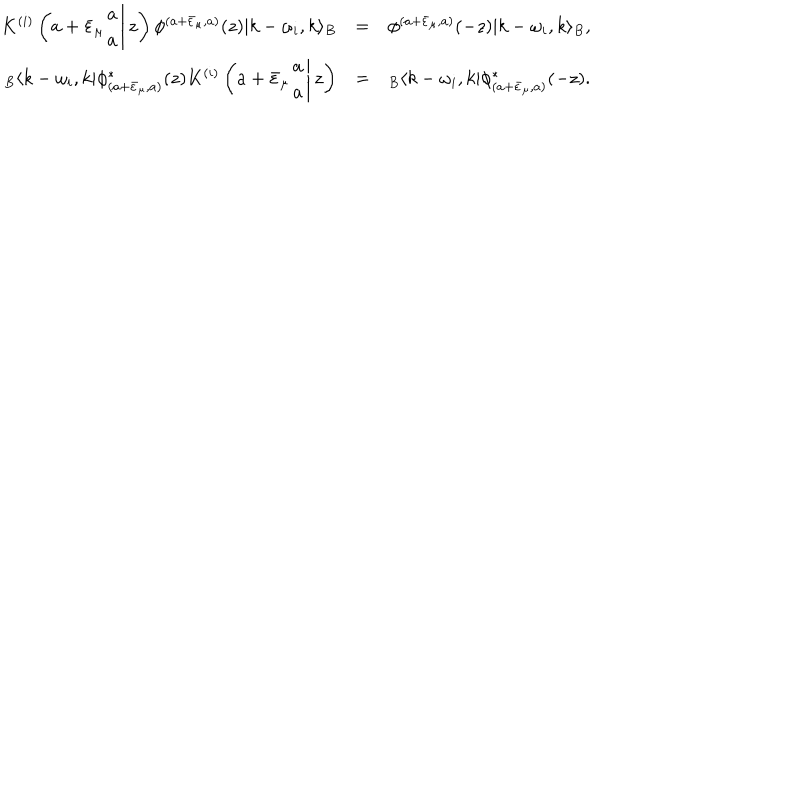
\begin{array} { r c l } { { K ^ { ( i ) } \left( \left. a + \bar { \varepsilon } _ { \mu } \begin{array} { c } { { a } } \\ { { a } } \\ \end{array} \right| z \right) \phi ^ { ( a + \bar { \varepsilon } _ { \mu } , a ) } ( z ) | k - \omega _ { i } , k \rangle _ { B } } } & { { = } } & { { \phi ^ { ( a + \bar { \varepsilon } _ { \mu } , a ) } ( - z ) | k - \omega _ { i } , k \rangle _ { B } , } } \\ { { { } _ { B } \langle k - \omega _ { i } , k | \phi _ { ( a + \bar { \varepsilon } _ { \mu } , a ) } ^ { * } ( z ) K ^ { ( i ) } \left( \left. a + \bar { \varepsilon } _ { \mu } \begin{array} { c } { { a } } \\ { { a } } \\ \end{array} \right| z \right) } } & { { = } } & { { { } _ { B } \langle k - \omega _ { i } , k | \phi _ { ( a + \bar { \varepsilon } _ { \mu } , a ) } ^ { * } ( - z ) . } } \\ \end{array}